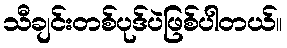
သီချင်းတစ်ပုဒ်ပဲဖြစ်ပါတယ်။